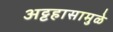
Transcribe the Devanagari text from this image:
अट्टहासामुळे